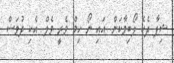
ޝިފާ ދެކެ ލޯބިވާކަން. އައި ނޯ ހިމް ވެރީ ވެލް. އެކި ދުވަސް